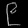
Digit: ၉